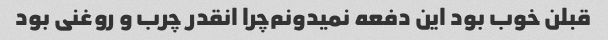
قبلن خوب بود این دفعه نمیدونم‌چرا انقدر چرب و روغنی بود